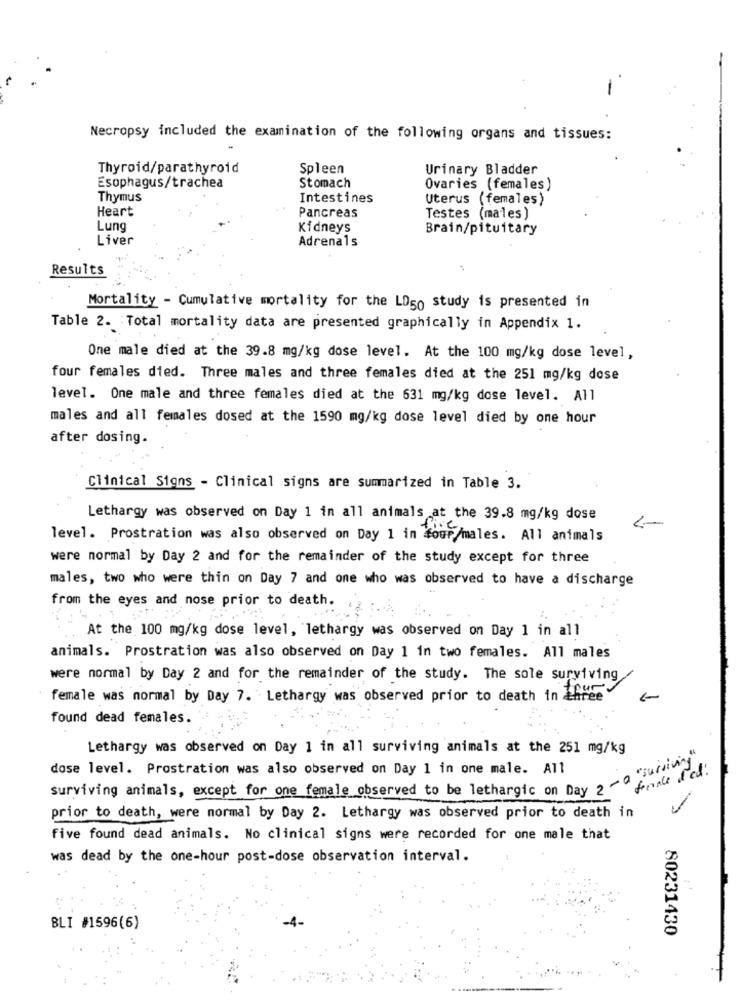
Necropsy included the examination of the following organs and tissues:
Thyroid/parathyroid
Spleen
Urinary Bladder
Esophagus/trachea
Stomach
Ovaries (females)
Thymus
Intestines
Uterus (females)
Heart
Pancreas
Testes (males)
Lung
Kidneys
Brain/pituitary
Liver
Adrenals
Results
Mortality - Cumulative mortality for the LD50 study is presented in
Table 2. Total mortality data are presented graphically in Appendix 1.
One male died at the 39.8 mg/kg dose level. At the 100 mg/kg dose level,
four females died. Three males and three females died at the 251 mg/kg dose
level. One male and three females died at the 631 mg/kg dose level. All
males and all females dosed at the 1590 mg/kg dose level died by one hour
after dosing.
Clinical Signs - Clinical signs are summarized in Table 3.
Lethargy was observed on Day 1 in all animals at the 39.8 mg/kg dose
level. Prostration was also observed on Day 1 in four /males. All animals
were normal by Day 2 and for the remainder of the study except for three
males, two who were thin on Day 7 and one who was observed to have a discharge
from the eyes and nose prior to death.
At the 100 mg/kg dose level, lethargy was observed on Day 1 in all
animals. Prostration was also observed on Day 1 in two females. All males
were normal by Day 2 and for the remainder of the study. The sole surviving
our
female was normal by Day 7. Lethargy was observed prior to death in three
found dead females.
Lethargy was observed on Day 1 in all surviving animals at the 251 mg/kg
" surviving"
dose level. Prostration was also observed on Day 1 in one male. All
-0
surviving animals, except for one female observed to be lethargic on Day 2
prior to death, were normal by Day 2. Lethargy was observed prior to death in
five found dead animals. No clinical signs were recorded for one male that
was dead by the one-hour post-dose observation interval.
BLI #1596(6)
80231430